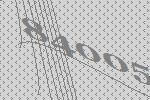
84005